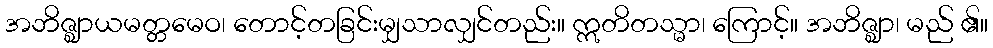
အဘိဇ္ဈာယမတ္တမေဝ၊ တောင့်တခြင်းမျှသာလျှင်တည်း။ ဣတိတသ္မာ၊ ကြောင့်။ အဘိဇ္ဈာ၊ မည် ၏။